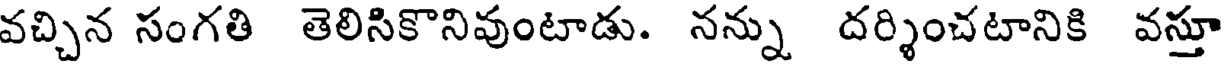
వచ్చిన సంగతి తెలిసికొనివుంటాడు. నన్ను దర్శించటానికి వస్తూ